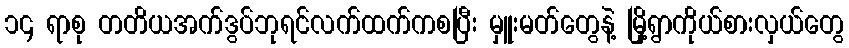
၁၄ ရာစု တတိယအက်ဒွပ်ဘုရင်လက်ထက်ကစပြီး မှူးမတ်တွေနဲ့ မြို့ရွာကိုယ်စားလှယ်တွေ